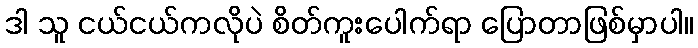
ဒါ သူ ငယ်ငယ်ကလိုပဲ စိတ်ကူးပေါက်ရာ ပြောတာဖြစ်မှာပါ။